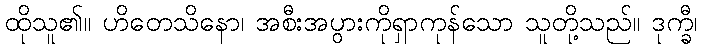
ထိုသူ၏။ ဟိတေသိနော၊ အစီးအပွားကိုရှာကုန်သော သူတို့သည်။ ဒုက္ခီ၊